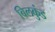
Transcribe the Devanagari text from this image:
बिलकुंड